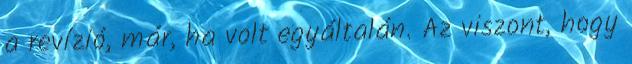
a revízió, már, ha volt egyáltalán. Az viszont, hogy